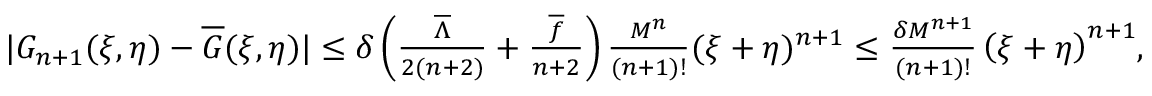
\begin{array} { r } { | G _ { n + 1 } ( \xi , \eta ) - \overline { { G } } ( \xi , \eta ) | \leq \delta \left( \frac { { { { \overline { { \Lambda } } } } } } { 2 ( n + 2 ) } + \frac { { \overline { { f } } } } { n + 2 } \right) \frac { M ^ { n } } { ( n + 1 ) ! } ( \xi + \eta ) ^ { n + 1 } \leq { \frac { \delta M ^ { n + 1 } } { ( n + 1 ) ! } \left( \xi + \eta \right) ^ { n + 1 } } , } \end{array}